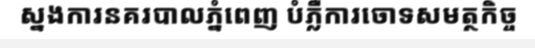
ស្នងការនគរបាលភ្នំពេញ បំភ្លឺការចោទសមត្ថកិច្ច